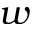
w